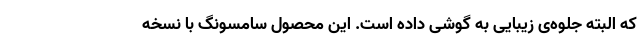
که البته جلوه‌ی زیبایی به گوشی داده است. این محصول سامسونگ با نسخه